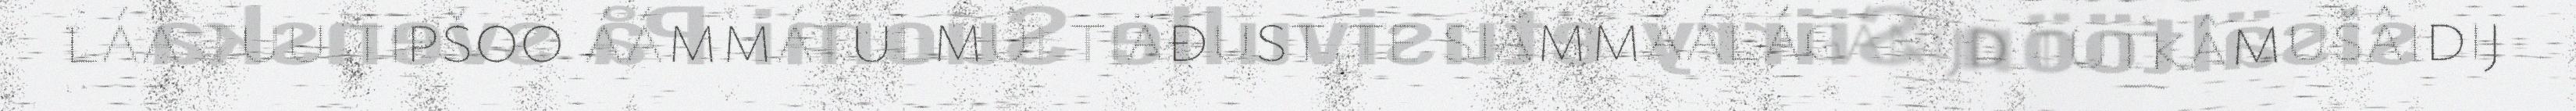
láá tuu tipšoo áámmátulmui tiäđust,te siämmáálágánijd tutkâmušâidij